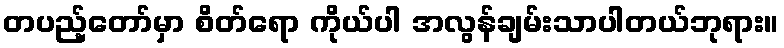
တပည့်တော်မှာ စိတ်ရော ကိုယ်ပါ အလွန်ချမ်းသာပါတယ်ဘုရား။